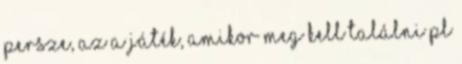
persze, az a játék, amikor meg kell találni pl